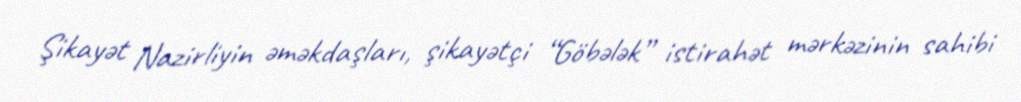
Şikayət Nazirliyin əməkdaşları, şikayətçi “Göbələk” istirahət mərkəzinin sahibi